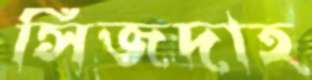
সিজদাহ